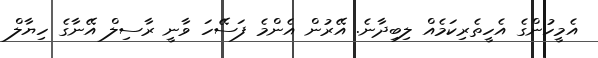
އެމީހުންގެ އެހީތެރިކަމެއް ލިބިދާނެ. އޭރުން އެންމެ ފަސޭހަ ވާނީ ރާސިލް އޭނާގެ ހިޔާލް